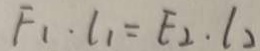
F _ { 1 } \cdot l _ { 1 } = F _ { 2 } \cdot l _ { 2 }